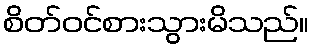
စိတ်ဝင်စားသွားမိသည်။